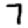
Digit: 7